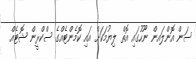
ސަން އޮންލައން ނޫހުގައި އޮތް ލިޔުމަކަށް އައި ކޮމެންޓެއްގެ ސްކްރީން ޝޮޓެއް